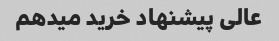
عالی پیشنهاد خرید میدهم